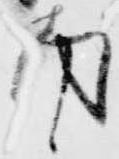
南